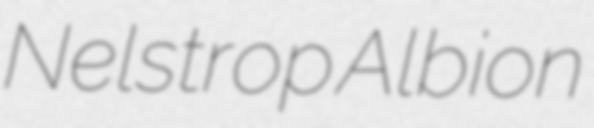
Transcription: Nelstrop Albion